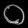
Digit: ၀